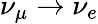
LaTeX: \nu_{\mu}\rightarrow\nu_{e}